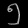
Digit: ၅